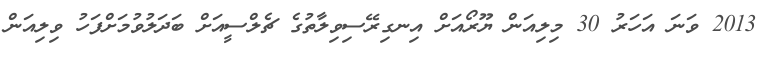
2013 ވަނަ އަހަރު 30 މިލިއަން ޔޫރޯއަށް އިނގިރޭސިވިލާތުގެ ޗެލްސީއަށް ބަދަލުވުމަށްފަހު ވިލިއަން